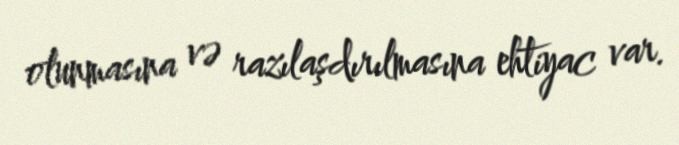
olunmasına və razılaşdırılmasına ehtiyac var.